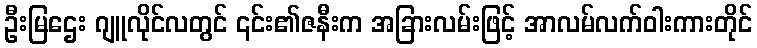
ဦးမြဌေး ဂျူလိုင်လတွင် ၎င်း၏ဇနီးက အခြားလမ်းဖြင့် အာလမ်လက်ဝါးကားတိုင်